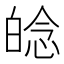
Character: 𤽿